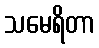
သမေရိတာ